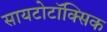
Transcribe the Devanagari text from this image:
सायटोटॉक्सिक